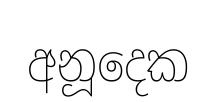
අනූදෙක